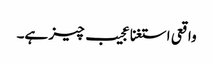
واقعی استغنا عجیب چیز ہے۔